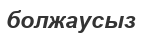
болжаусыз